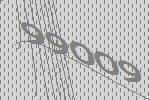
99009